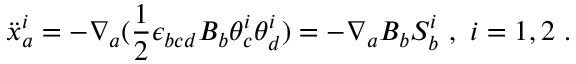
{ \ddot { x } } _ { a } ^ { i } = - \nabla _ { a } ( \frac { 1 } { 2 } \epsilon _ { b c d } B _ { b } \theta _ { c } ^ { i } \theta _ { d } ^ { i } ) = - \nabla _ { a } B _ { b } S _ { b } ^ { i } \ , \ i = 1 , 2 \ .